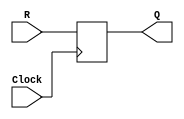
/*
Prtica II - Modulo do regnW
Alunos: Alexandre Roque e Vitor Santana.
Disciplina: Arquitetura e Organizao de Computadores II.
Professora: Daniela Cristina Cascini Kupsch.
*/
module regnW(R, Clock, Q);
	input R;
	input Clock;
	output Q;
	reg Q;
	
	//initial begin
	//	Q <=0;	
	//end
	
	always @(posedge Clock)
			Q <= R;
			
endmodule